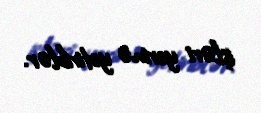
işləri yerinə yetiriblər.